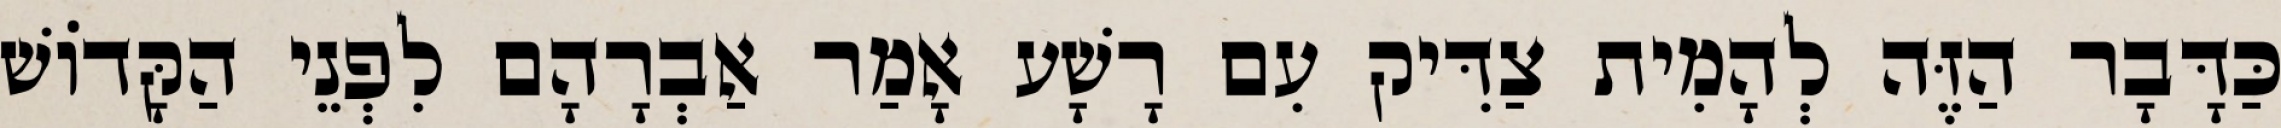
כַּדָּבָר הַזֶּה לְהָמִית צַדִּיק עִם רָשָׁע אָמַר אַבְרָהָם לִפְנֵי הַקָּדוֹשׁ